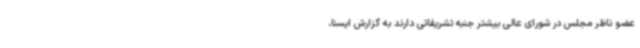
عضو ناظر مجلس در شورای عالی بیشتر جنبه تشریفاتی دارند به گزارش ایسنا،